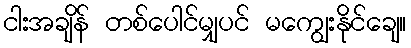
ငါးအချိန် တစ်ပေါင်မျှပင် မကျွေးနိုင်ချေ။